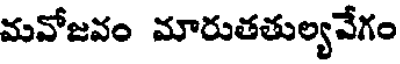
మవోజవం మారుతతుల్యవేగం